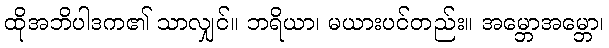
ထိုအဘိပါဒက၏ သာလျှင်။ ဘရိယာ၊ မယားပင်တည်း။ အမ္ဘောအမ္ဘော၊